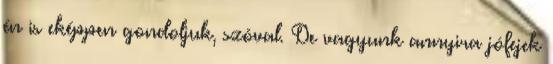
én is eképpen gondoljuk, szóval. De vagyunk annyira jófejek